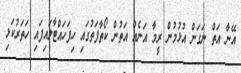
އޭނާ އަތް ނަގަން އުޅުމުން ރީމާ އަނެއް އަތުން ކޯތާފަތުގައި ހިފަހައްޓާލައިފައި ހަތަރުކަޅި